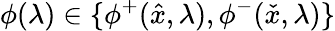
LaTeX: \phi(\lambda)\in\{ \phi^{+}({\hat{x}},\lambda),\phi^{-}({\check{x}},\lambda)\}